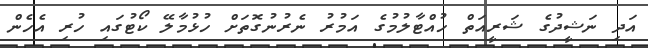
އަދި ނަޝީދުގެ ޝަރީއަތް ހުއްޓާލުމުގެ އަމުރު ނެރުނުގޮތަށް ހުޅުމާލޭ ކޯޓުގައި ހުރި އެހެން